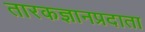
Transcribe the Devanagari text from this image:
तारकज्ञानप्रदाता